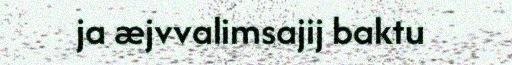
ja æjvvalimsajij baktu